Indian journal of veterinary science and animal husbandry - Volume 8,
Year: 1938
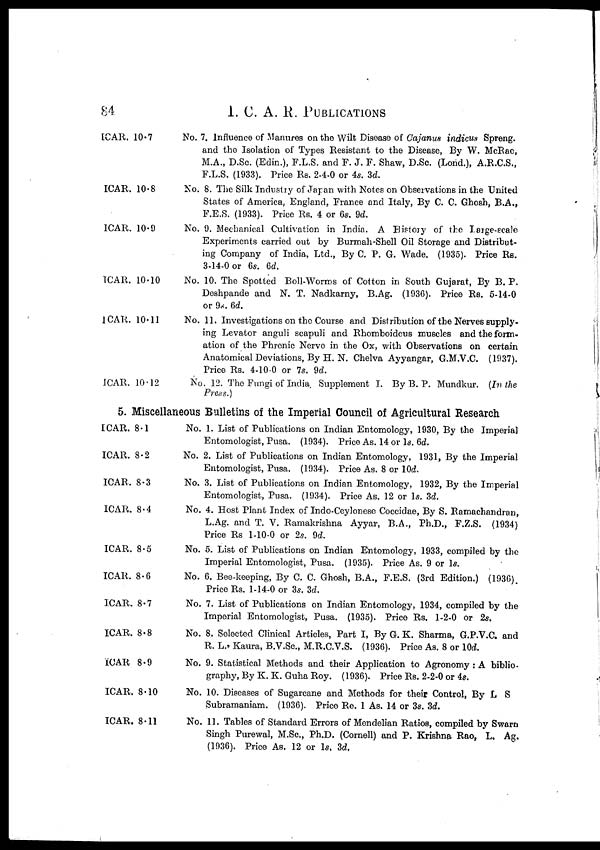
84
I.
C. A. R. PUBLICATIONS
ICAR. 10.7
ICAR. 10.8
ICAR. 10.9
ICAR. 10.10
ICAR. 10.11
ICAR. 10.12
No. 7. Influence of Manures on the Wilt Disease of Cajanus indicus Spreng.
and the Isolation of Types Resistant to the Disease, By W. McRae,
M.A., D.Sc. (Edin.), F.L.S. and F. J. F. Shaw, D.Sc. (Lond.), A.R.C.S.,
F.L.S. (1933). Price Rs. 2-4-0 or 4s. 3d.
No. 8. The Silk Industry of Japan with Notes on Observations in the United
States of America, England, France and Italy, By C. C. Ghosh, B.A.,
F.E.S. (1933). Price Rs. 4 or 6s. 9d.
No. 9. Mechanical Cultivation in India. A History of the large-scale
Experiments carried out by Burmah-Shell Oil Storage and Distribut-
ing Company of India, Ltd., By C. P. G. Wade. (1935). Price Rs.
3-14-0 or 6s. 6d.
No. 10. The Spotted Boll-Worms of Cotton in South Gujarat, By B. P.
Deshpande and N. T. Nadkarny, B.Ag. (1936). Price Rs. 5-14-0
or 9s. 6d.
No. 11. Investigations on the Course and Distribution of the Nerves supply-
ing Levator anguli scapuli and Rhomboideus muscles and the form-
ation of the Phrenic Nerve in the Ox, with Observations on certain
Anatomical Deviations, By H. N. Chelva Ayyangar, G.M.V.C. (1937).
Price Rs. 4-10-0 or 7s. 9d.
No. 12. The Fungi of India Supplement I. By B. P. Mundkur. (In the
Press.)
5. Miscellaneous Bulletins of the Imperial Council of Agricultural Research
ICAR. 8.1
ICAR. 8.2
ICAR. 8.3
ICAR. 8.4
ICAR. 8.5
ICAR. 8.6
ICAR. 8.7
ICAR. 8.8
ICAR 8.9
ICAR. 8.10
ICAR. 8.11
No. 1. List of Publications on Indian Entomology, 1930, By the Imperial
Entomologist, Pusa. (1934). Price As. 14 or 1s. 6d.
No. 2. List of Publications on Indian Entomology, 1931, By the Imperial
Entomologist, Pusa. (1934). Price As. 8 or 10d.
No. 3. List of Publications on Indian Entomology, 1932, By the Imperial
Entomologist, Pusa. (1934). Price As. 12 or 1s. 3d.
No. 4. Host Plant Index of Indo-Ceylonese Coccidae, By S. Ramachandran,
L.Ag. and T. V. Ramakrishna Ayyar, B.A., Ph.D., F.Z.S. (1934)
Price Rs 1-10-0 or 2s. 9d.
No. 5. List of Publications on Indian Entomology, 1933, compiled by the
Imperial Entomologist, Pusa. (1935). Price As. 9 or 1s.
No. 6. Bee-keeping, By C. C. Ghosh, B.A., F.E.S. (3rd Edition.) (1936).
Price Rs. 1-14-0 or 3s. 3d.
No. 7. List of Publications on Indian Entomology, 1934, compiled by the
Imperial Entomologist, Pusa. (1935). Price Rs. 1-2-0 or 2s.
No. 8. Selected Clinical Articles, Part I, By G. K. Sharma, G.P.V.C. and
R. L. , Kaura, B.V.Sc., M.R.C.V.S. (1936). Price As. 8 or 10d.
No. 9. Statistical Methods and their Application to Agronomy : A biblio-
graphy, By K. K. Guha Roy. (1936). Price Rs. 2-2-0 or 4s.
No. 10. Diseases of Sugarcane and Methods for their Control, By L S
Subramaniam. (1936). Price Re. 1 As. 14 or 3s. 3d.
No. 11. Tables of Standard Errors of Mendelian Ratios, compiled by Swarn
Singh Purewal, M.Sc., Ph.D. (Cornell) and P. Krishna Rao, L. Ag.
(1936). Price As. 12 or 1s. 3d.